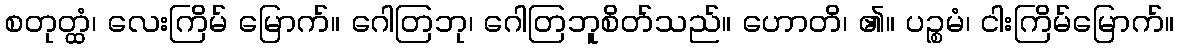
စတုတ္ထံ၊ လေးကြိမ် မြောက်။ ဂေါတြဘု၊ ဂေါတြဘူစိတ်သည်။ ဟောတိ၊ ၏။ ပဉ္စမံ၊ ငါးကြိမ်မြောက်။